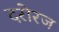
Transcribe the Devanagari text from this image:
दरोरज